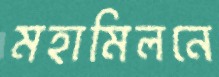
মহামিলনে